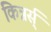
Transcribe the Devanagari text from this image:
किन्नर्स्